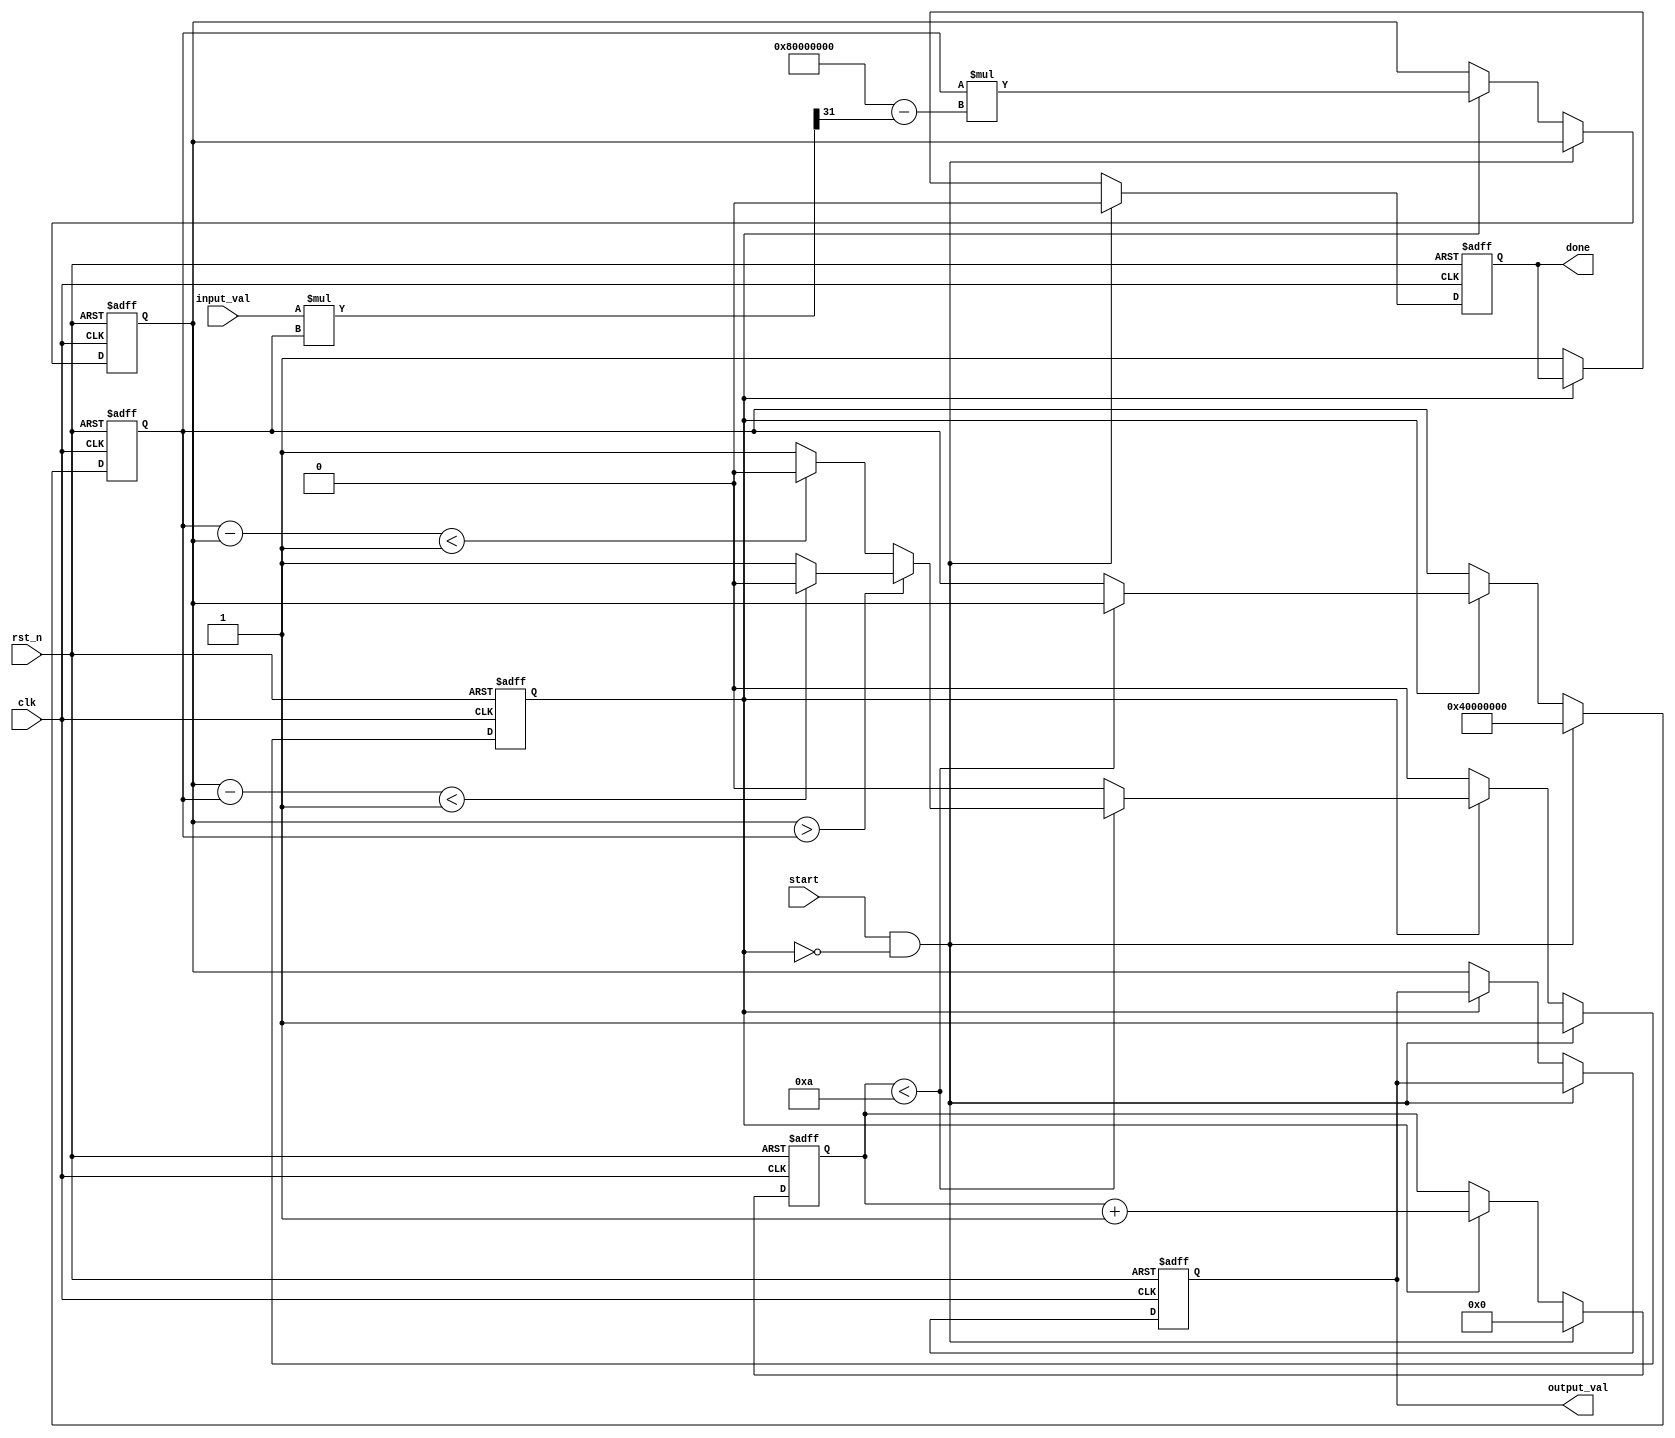
module iterative_reciprocal (
    input wire clk,               // Clock signal
    input wire rst_n,             // Asynchronous reset (active low)
    input wire start,             // Start signal to begin computation
    input wire [31:0] input_val,  // Input value (fixed-point representation)
    output reg [31:0] output_val, // Output reciprocal value
    output reg done               // Done signal indicating completion
);

    // Parameters
    parameter MAX_ITERATIONS = 10; // Maximum number of iterations
    parameter TOLERANCE = 32'h00000001; // Tolerance for convergence

    // State variables
    reg [31:0] guess;              // Current guess for the reciprocal
    reg [31:0] new_guess;          // New guess for the reciprocal
    reg [3:0] iteration_count;      // Iteration counter
    reg computing;                  // Flag indicating if computation is in progress

    // Initialize output and state
    always @(posedge clk or negedge rst_n) begin
        if (!rst_n) begin
            output_val <= 32'b0;
            done <= 1'b0;
            guess <= 32'b0;
            new_guess <= 32'b0;
            iteration_count <= 4'b0;
            computing <= 1'b0;
        end else if (start && !computing) begin
            // Start computation
            guess <= 32'h40000000; // Initial guess: 1.0 (assuming fixed-point with 32 bits)
            iteration_count <= 4'b0;
            done <= 1'b0;
            computing <= 1'b1;
        end else if (computing) begin
            // Perform iterative calculation
            new_guess <= guess * (32'h80000000 - (input_val * guess >> 31)); // new_guess = guess * (2 - input * guess)
            iteration_count <= iteration_count + 1;

            // Check for convergence
            if (iteration_count < MAX_ITERATIONS) begin
                if (new_guess > guess) begin
                    if ((new_guess - guess) < TOLERANCE) begin
                        computing <= 1'b0; // Converged
                    end
                end else begin
                    if ((guess - new_guess) < TOLERANCE) begin
                        computing <= 1'b0; // Converged
                    end
                end
                guess <= new_guess; // Update guess for next iteration
            end else begin
                computing <= 1'b0; // Max iterations reached
            end
        end else if (!computing) begin
            // Computation done
            output_val <= new_guess; // Store final reciprocal value
            done <= 1'b1; // Signal completion
        end
    end
endmodule